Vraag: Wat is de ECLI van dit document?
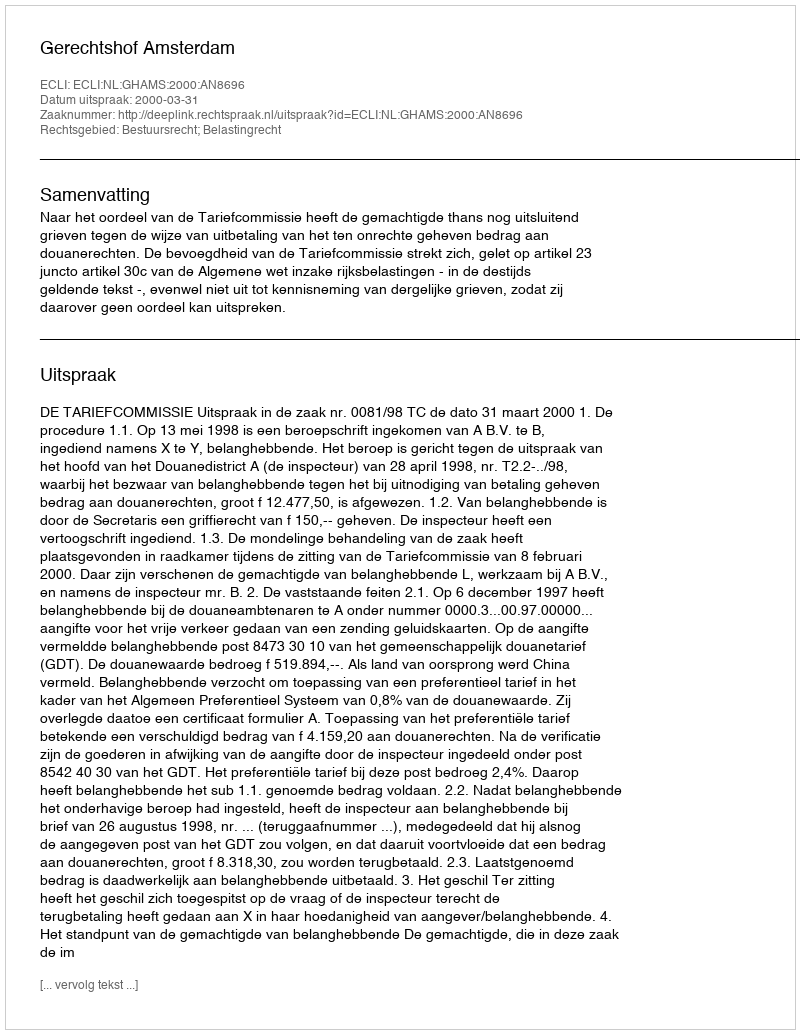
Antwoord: ECLI:NL:GHAMS:2000:AN8696